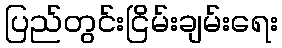
ပြည်တွင်းငြိမ်းချမ်းရေး